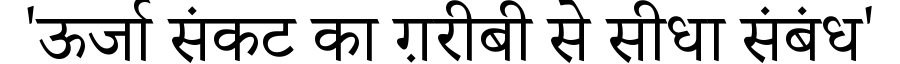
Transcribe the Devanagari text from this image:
'ऊर्जा संकट का ग़रीबी से सीधा संबंध'